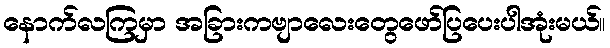
နောက်လကြမှာ အခြားကဗျာလေးတွေဖော်ပြပေးပါအုံးမယ်။